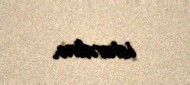
istərdim.